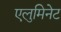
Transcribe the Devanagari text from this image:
एलुमिनेट